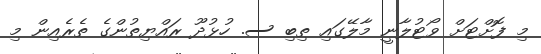
މި ފޮށްޓަށް ވޯޓުލާނީ މާލޭގައި ތިބި ސ. ހުޅުދޫ ރައްޔިތުންގެ ތެރެއިން މި